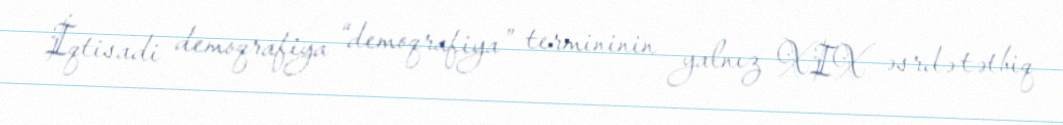
İqtisadi demoqrafiya “demoqrafiya” termininin yalnız XIX əsrdə tətbiq